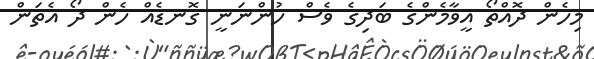
މިހެން ދޮއްތޯ އީވާމެންގެ ބަދިގެ ވެސް ހުންނަނީ ގޮނޑެއް ހެން ދޯ އެތަން